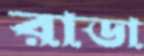
রাডা